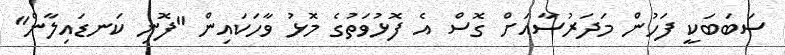
ސަބަބަކީ ފަހުން މަދަރުސާއަށް ގޮސް އެ ފޮޅުވަތުގެ މޮޅު ވާހަކައިން "ފޮނި ކަނޑައިލާން"